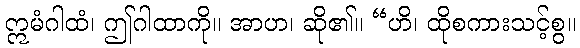
ဣမံဂါထံ၊ ဤဂါထာကို။ အာဟ၊ ဆို၏။ “ဟိ၊ ထိုစကားသင့်စွ။